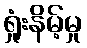
ရှုံးနိမ့်မှု